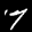
Label: 7